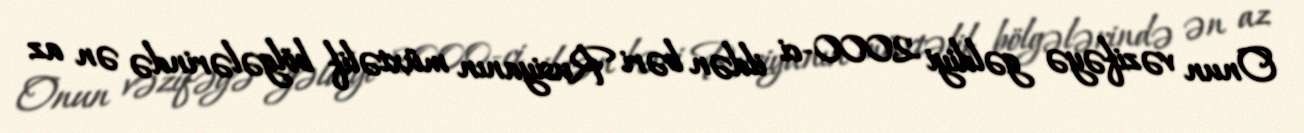
Onun vəzifəyə gəldiyi 2000-ci ildən bəri Rusiyanın müxtəlif bölgələrində ən az